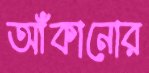
আঁকানোর